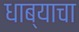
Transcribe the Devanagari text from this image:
धाब्याचा